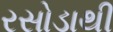
રસોડાથી